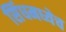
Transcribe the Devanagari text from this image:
सिंधमध्येच